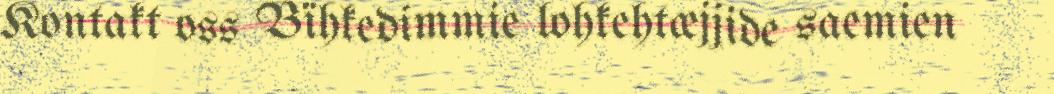
Kontakt oss Bïhkedimmie lohkehtæjjide saemien